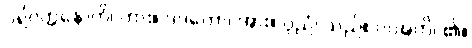
ပရိဝတ္တနောတိ၊ ကား။ ဒဒတော၊ အား။ ပုညံ၊ သည်။ ပဝဍ္ဎတိ၊ ၏။